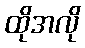
ထိုအလို